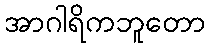
အာဂါရိကဘူတော